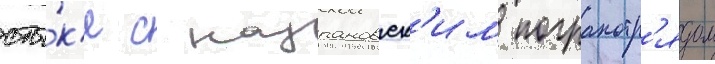
сты́к'е с назрановск'им погранотр'ядом